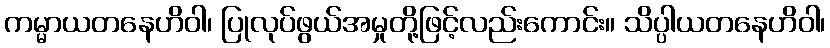
ကမ္မာယတနေဟိဝါ၊ ပြုလုပ်ဖွယ်အမှုတို့ဖြင့်လည်းကောင်း။ သိပ္ပါယတနေဟိဝါ၊